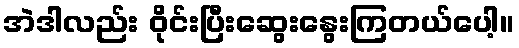
အဲဒါလည်း ဝိုင်းပြီးဆွေးနွေးကြတယ်ပေါ့။